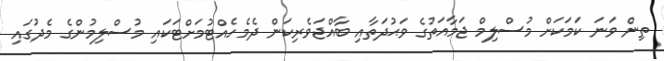
ތިން ވަނަ ކަމަކަށް މުސްލިމް ޖަމާއަތުގެ ވަޙުދަތާއި ބާއްޖަވެރިކަން ދެމެހެއްޓުމަށްޓަކައި މުސްލިމުންގެ މެދުގައި